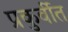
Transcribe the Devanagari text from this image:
प्रकुर्वीत